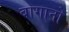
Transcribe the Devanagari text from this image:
बागानो